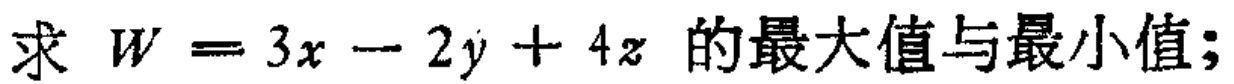
求 \(W = 3x - 2y + 4z\) 的最大值与最小值；